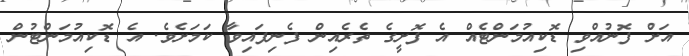
އަށް ފޮނުއްވި ޑޮކިއުމަންޓެއް އެ ފޮށީގެ ތެރެއިން ފެނިފައިވާ ކަމަށެވެ. އެ ޑޮކިއުމަންޓުން